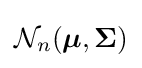
{\mathcal {N}}_{n}({\boldsymbol {\mu }},{\boldsymbol {\Sigma }})